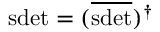
\mathrm { s d e t } = ( \overline { { { \mathrm { s d e t } } } } ) ^ { \dagger }